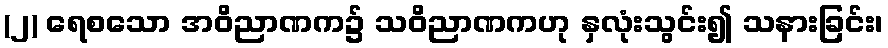
(၂) ရေစသော အဝိညာဏက၌ သဝိညာဏကဟု နှလုံးသွင်း၍ သနားခြင်း၊